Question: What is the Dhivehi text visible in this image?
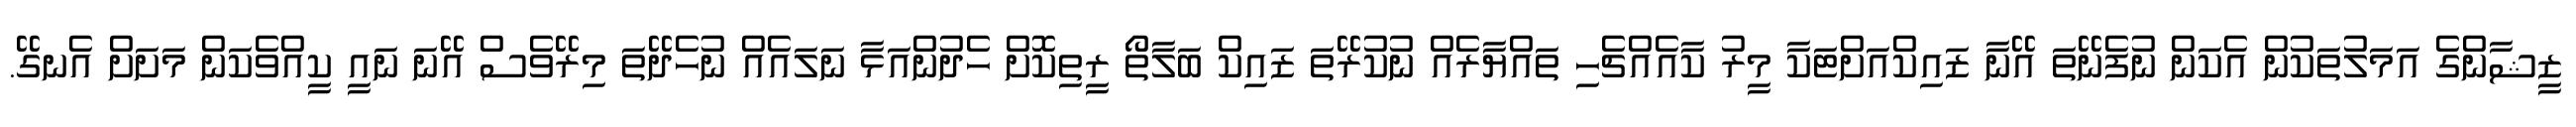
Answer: ޒީޝާންގެ އަމަލުތަކުން އެކަން ނުފެނޭތަ އޭނާ ޒައިކްއަށްޓަކާ މީރު ކާއެއްޗެހި ތައްޔާރެއް ނުކުރޭތަ ޒައިކް ބަލާތޯ ރީތިކޮށް ހެދުންއަޅާ ނަލައެއް ނުހެދޭތަ މިރޭވެސް އޭނަ ނައީ ކީއްވެކަން މަށަށް އެނގޭ.